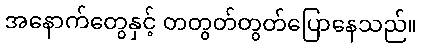
အနောက်တွေနှင့် တတွတ်တွတ်ပြောနေသည်။